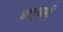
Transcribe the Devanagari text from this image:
बघूनही